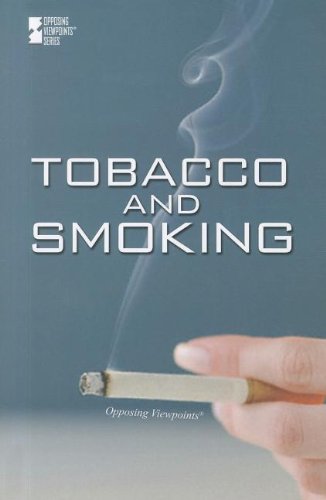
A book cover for Tobacco and Smoking (Opposing Viewpoints); Teen & Young Adult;